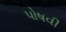
પોષવી